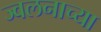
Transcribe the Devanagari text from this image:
ज्वलनाच्या